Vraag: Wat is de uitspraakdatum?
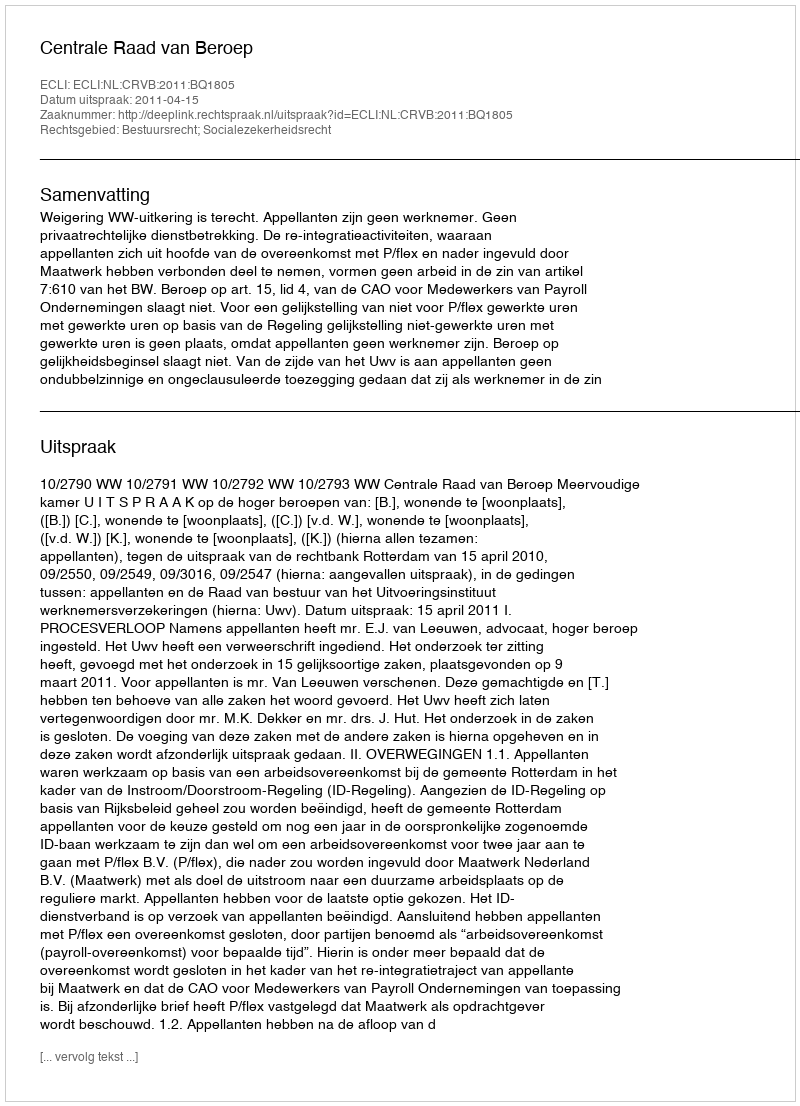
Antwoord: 2011-04-15